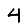
Digit: 4